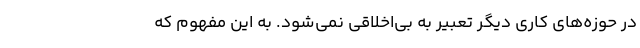
در حوزه‌های کاری دیگر تعبیر به بی‌اخلاقی نمی‌شود. به این مفهوم که